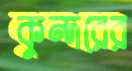
কুন্দরের